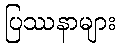
ပြဿနာများ